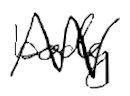
Text: body
Cross-out: zig-zag
Writing tool: digital_black